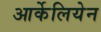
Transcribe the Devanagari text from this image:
आर्केलियेन